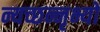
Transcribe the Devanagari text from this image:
न्यच्छन्नृभ्यो